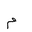
Letter: _mim